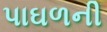
પાઘળની